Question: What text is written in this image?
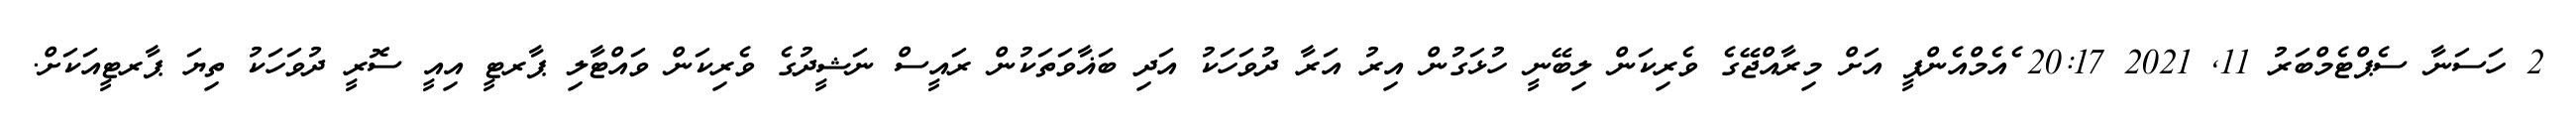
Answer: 2 ހަސަނާ ސެޕްޓެމްބަރު 11, 2021 20:17 ެއެމްއެންޕީ އަށް މިރާއްޖޭގެ ވެރިކަން ލިބޭނީ ހުޅަގުން އިރު އަރާ ދުވަހަކު އަދި ބަޣާވަތަކުން ރައީސް ނަޝީދުގެ ވެރިކަން ވައްޓާލި ޕާރޓީ އިއީ ސޮރީ ދުވަހަކު ތިޔަ ޕާރޓީއަކަށް.